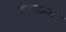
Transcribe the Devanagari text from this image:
नागम्मा